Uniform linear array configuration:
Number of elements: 64
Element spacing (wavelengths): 0.5
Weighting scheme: kaiser
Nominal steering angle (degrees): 30
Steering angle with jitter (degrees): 30.802
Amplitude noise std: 0.05
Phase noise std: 0.05

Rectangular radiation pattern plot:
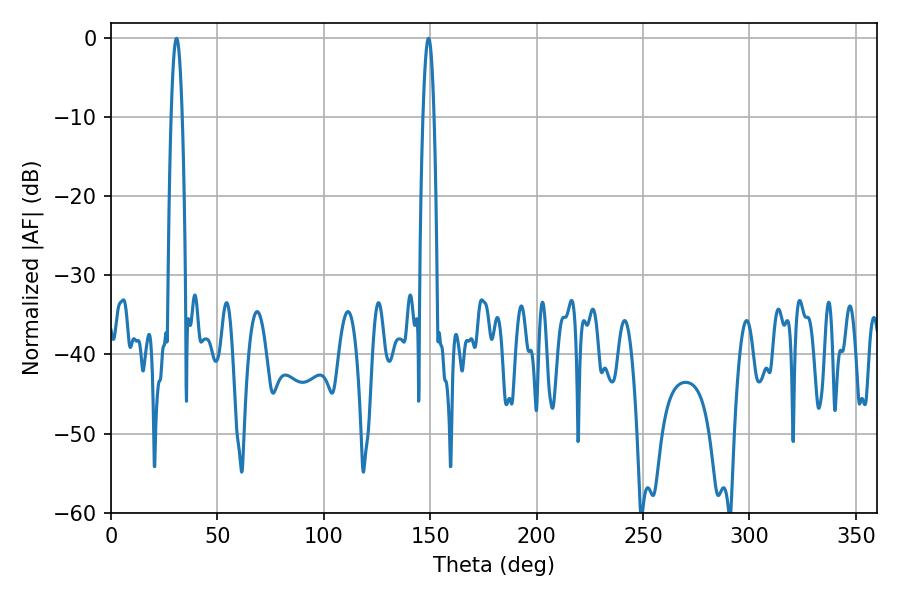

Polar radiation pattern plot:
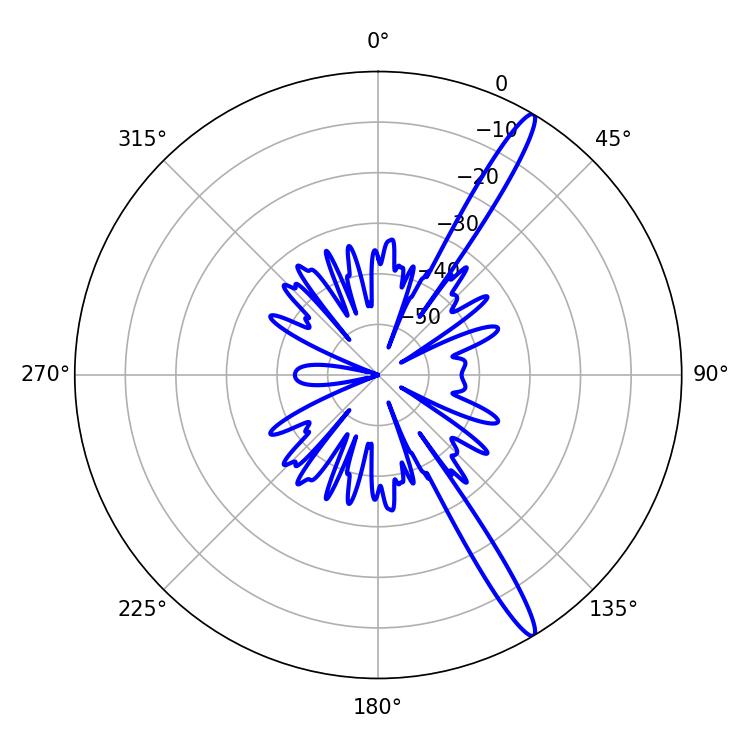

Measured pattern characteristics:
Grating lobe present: FALSE
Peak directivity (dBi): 15.539
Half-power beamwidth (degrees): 2.88
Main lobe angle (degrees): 30.78